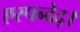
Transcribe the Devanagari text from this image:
एस्पन्देद्।